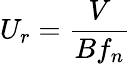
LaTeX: U_{r}=\frac{V}{Bf_{n}}